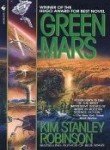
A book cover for Green Mars; Kim Stanley Robinson; Science & Math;